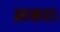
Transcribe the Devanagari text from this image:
असर।